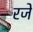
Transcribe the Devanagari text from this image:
रजे